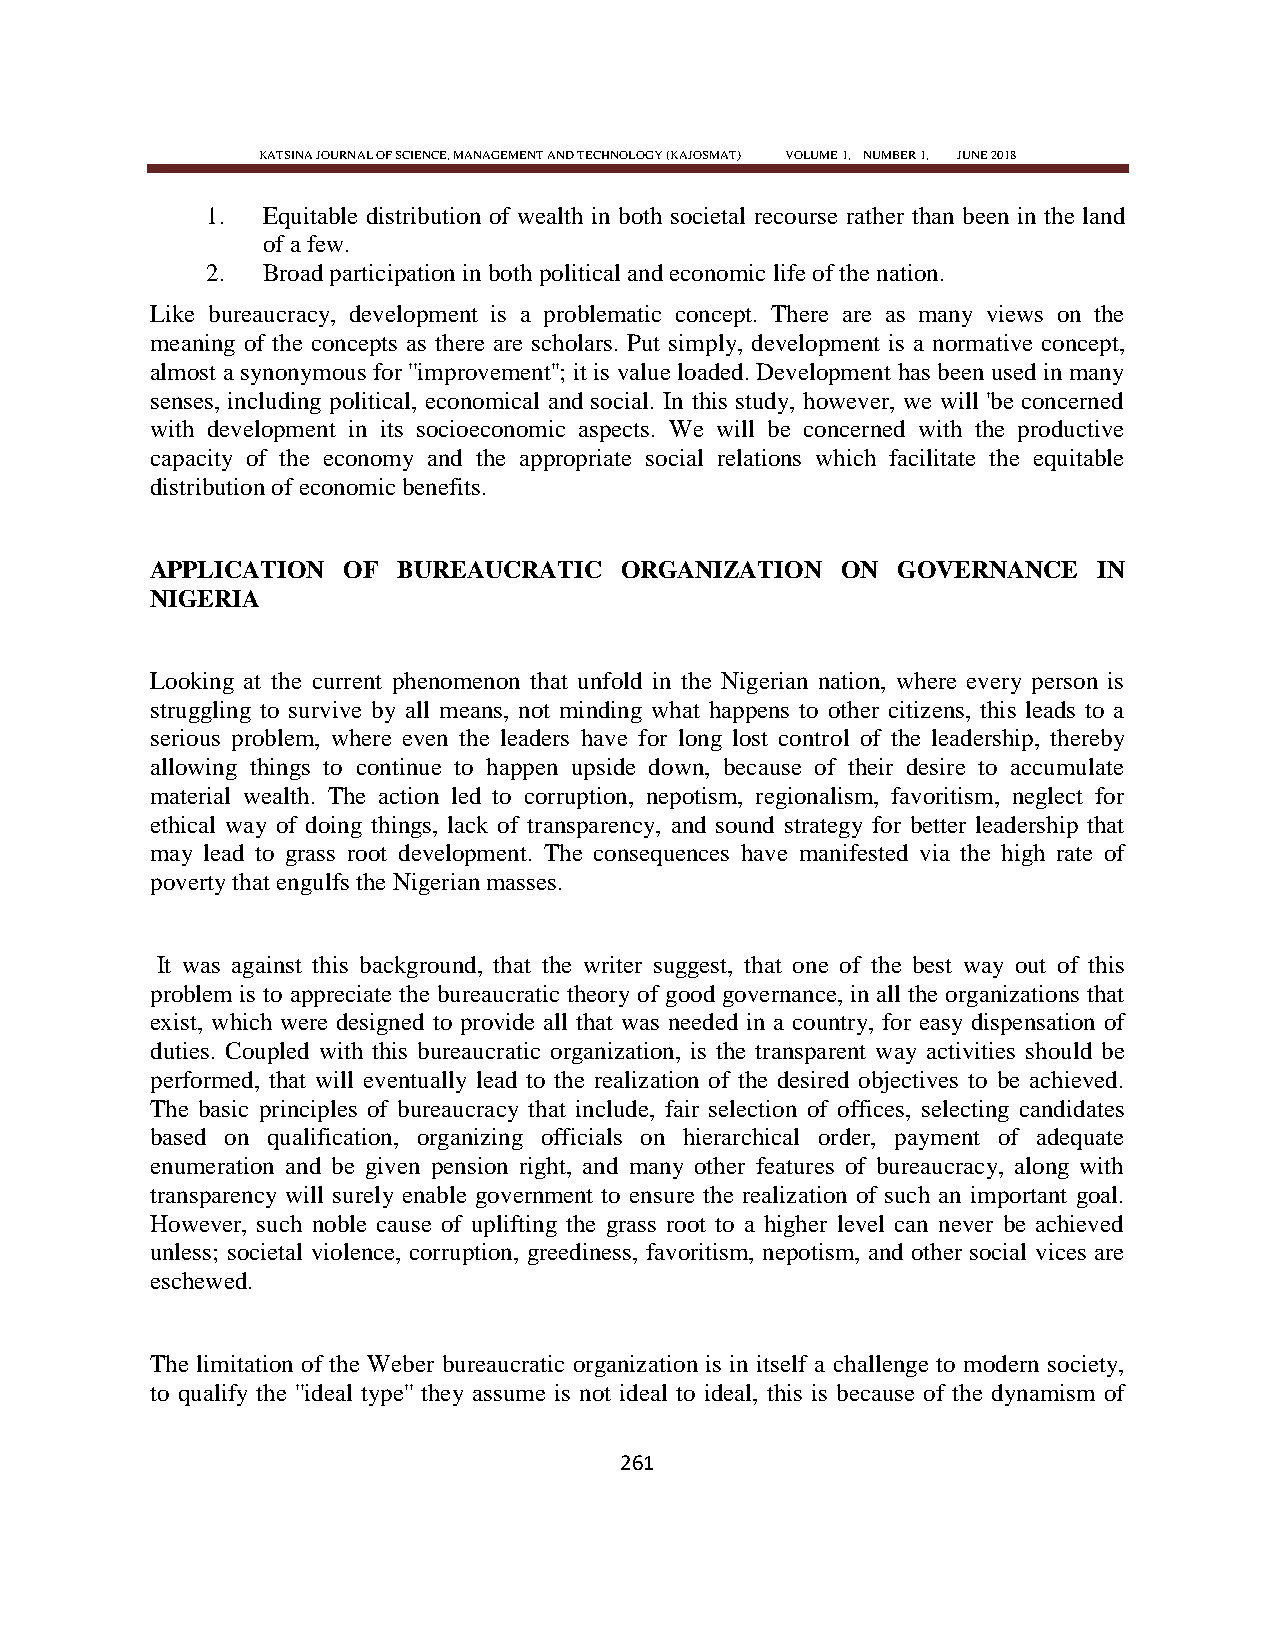
KATSINA JOURNAL OF SCIENCE, MANAGEMENT AND TECHNOLOGY (KAJOSMAT) VOLUME 1, NUMBER 1, JUNE 2018
 1. Equitable distribution of wealth in both societal recourse rather than been in the land
 of a few.
 2. Broad participation in both political and economic life of the nation.
 Like bureaucracy, development is a problematic concept. There are as many views on the
 meaning of the concepts as there are scholars. Put simply, development is a normative concept,
 almost a synonymous for ''improvement''; it is value loaded. Development has been used in many
 senses, including political, economical and social. In this study, however, we will 'be concerned
 with development in its socioeconomic aspects. We will be concerned with the productive
 capacity of the economy and the appropriate social relations which facilitate the equitable
 distribution of economic benefits.
 APPLICATION  OF BUREAUCRATIC   ORGANIZATION   ON GOVERNANCE    IN
 NIGERIA
 Looking at the current phenomenon that unfold in the Nigerian nation, where every person is
 struggling to survive by all means, not minding what happens to other citizens, this leads to a
 serious problem, where even the leaders have for long lost control of the leadership, thereby
 allowing things to continue to happen upside down, because of their desire to accumulate
 material wealth. The action led to corruption, nepotism, regionalism, favoritism, neglect for
 ethical way of doing things, lack of transparency, and sound strategy for better leadership that
 may lead to grass root development. The consequences have manifested via the high rate of
 poverty that engulfs the Nigerian masses.
 It was against this background, that the writer suggest, that one of the best way out of this
 problem is to appreciate the bureaucratic theory of good governance, in all the organizations that
 exist, which were designed to provide all that was needed in a country, for easy dispensation of
 duties. Coupled with this bureaucratic organization, is the transparent way activities should be
 performed, that will eventually lead to the realization of the desired objectives to be achieved.
 The basic principles of bureaucracy that include, fair selection of offices, selecting candidates
 based on qualification, organizing officials on hierarchical order, payment of adequate
 enumeration and be given pension right, and many other features of bureaucracy, along with
 transparency will surely enable government to ensure the realization of such an important goal.
 However, such noble cause of uplifting the grass root to a higher level can never be achieved
 unless; societal violence, corruption, greediness, favoritism, nepotism, and other social vices are
 eschewed.
 The limitation of the Weber bureaucratic organization is in itself a challenge to modern society,
 to qualify the ''ideal type'' they assume is not ideal to ideal, this is because of the dynamism of
 261